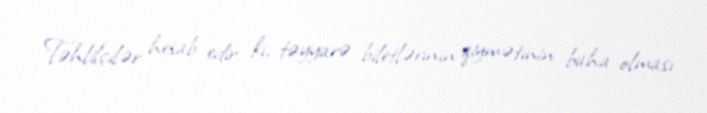
Təhlilçilər hesab edir ki, təyyarə biletlərinin qiymətinin baha olması